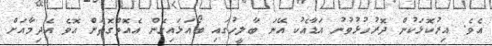
އެވެ. އިރުކޮޅަކުން ދޮރުހުޅުވުނު އަޑާއެކު އޭނަ ބާލީހުގައި ބޯއަޅައިގެން އެއޮތްގޮތަށް އޮވެ އެދިމާއަށް